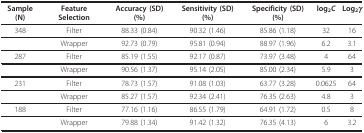
| Sample (N) | Feature Selection | Accuracy (SD) (%) | Sensitivity (SD) (%) | Specificity (SD) (%) | log2C | Log2γ |
 | --- | --- | --- | --- | --- | --- | --- |
 | 348 | Filter | 88.33 (0.84) | 90.32 (1.46) | 85.86 (1.18) | 32 | 16 |
 |  | Wrapper | 92.73 (0.79) | 95.81 (0.94) | 88.97 (1.96) | 6.2 | 3.1 |
 | 287 | Filter | 85.19 (1.55) | 92.17 (0.87) | 73.97 (3.48) | 4 | 64 |
 |  | Wrapper | 90.56 (1.37) | 95.14 (2.05) | 85.00 (2.34) | 5.9 | 3 |
 | 231 | Filter | 78.73 (1.57) | 91.08 (1.03) | 63.77 (3.28) | 0.0625 | 64 |
 |  | Wrapper | 85.27 (1.57) | 92.34 (2.41) | 76.35 (2.63) | 4.8 | 3 |
 | 188 | Filter | 77.16 (1.16) | 86.55 (1.79) | 64.91 (1.72) | 0.5 | 8 |
 |  | Wrapper | 79.88 (1.34) | 91.42 (1.32) | 76.35 (4.13) | 6 | 3.2 |